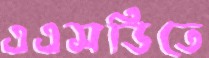
এএসডিতে